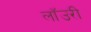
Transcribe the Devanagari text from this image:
लाॅउरी